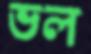
ভল